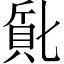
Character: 𬥔